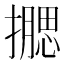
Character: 𰔮